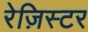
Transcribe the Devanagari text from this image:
रेज़िस्टर